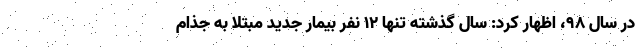
در سال ۹۸، اظهار کرد: سال گذشته تنها ۱۲ نفر بیمار جدید مبتلا به جذام